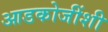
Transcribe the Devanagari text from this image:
आडकोजींशी